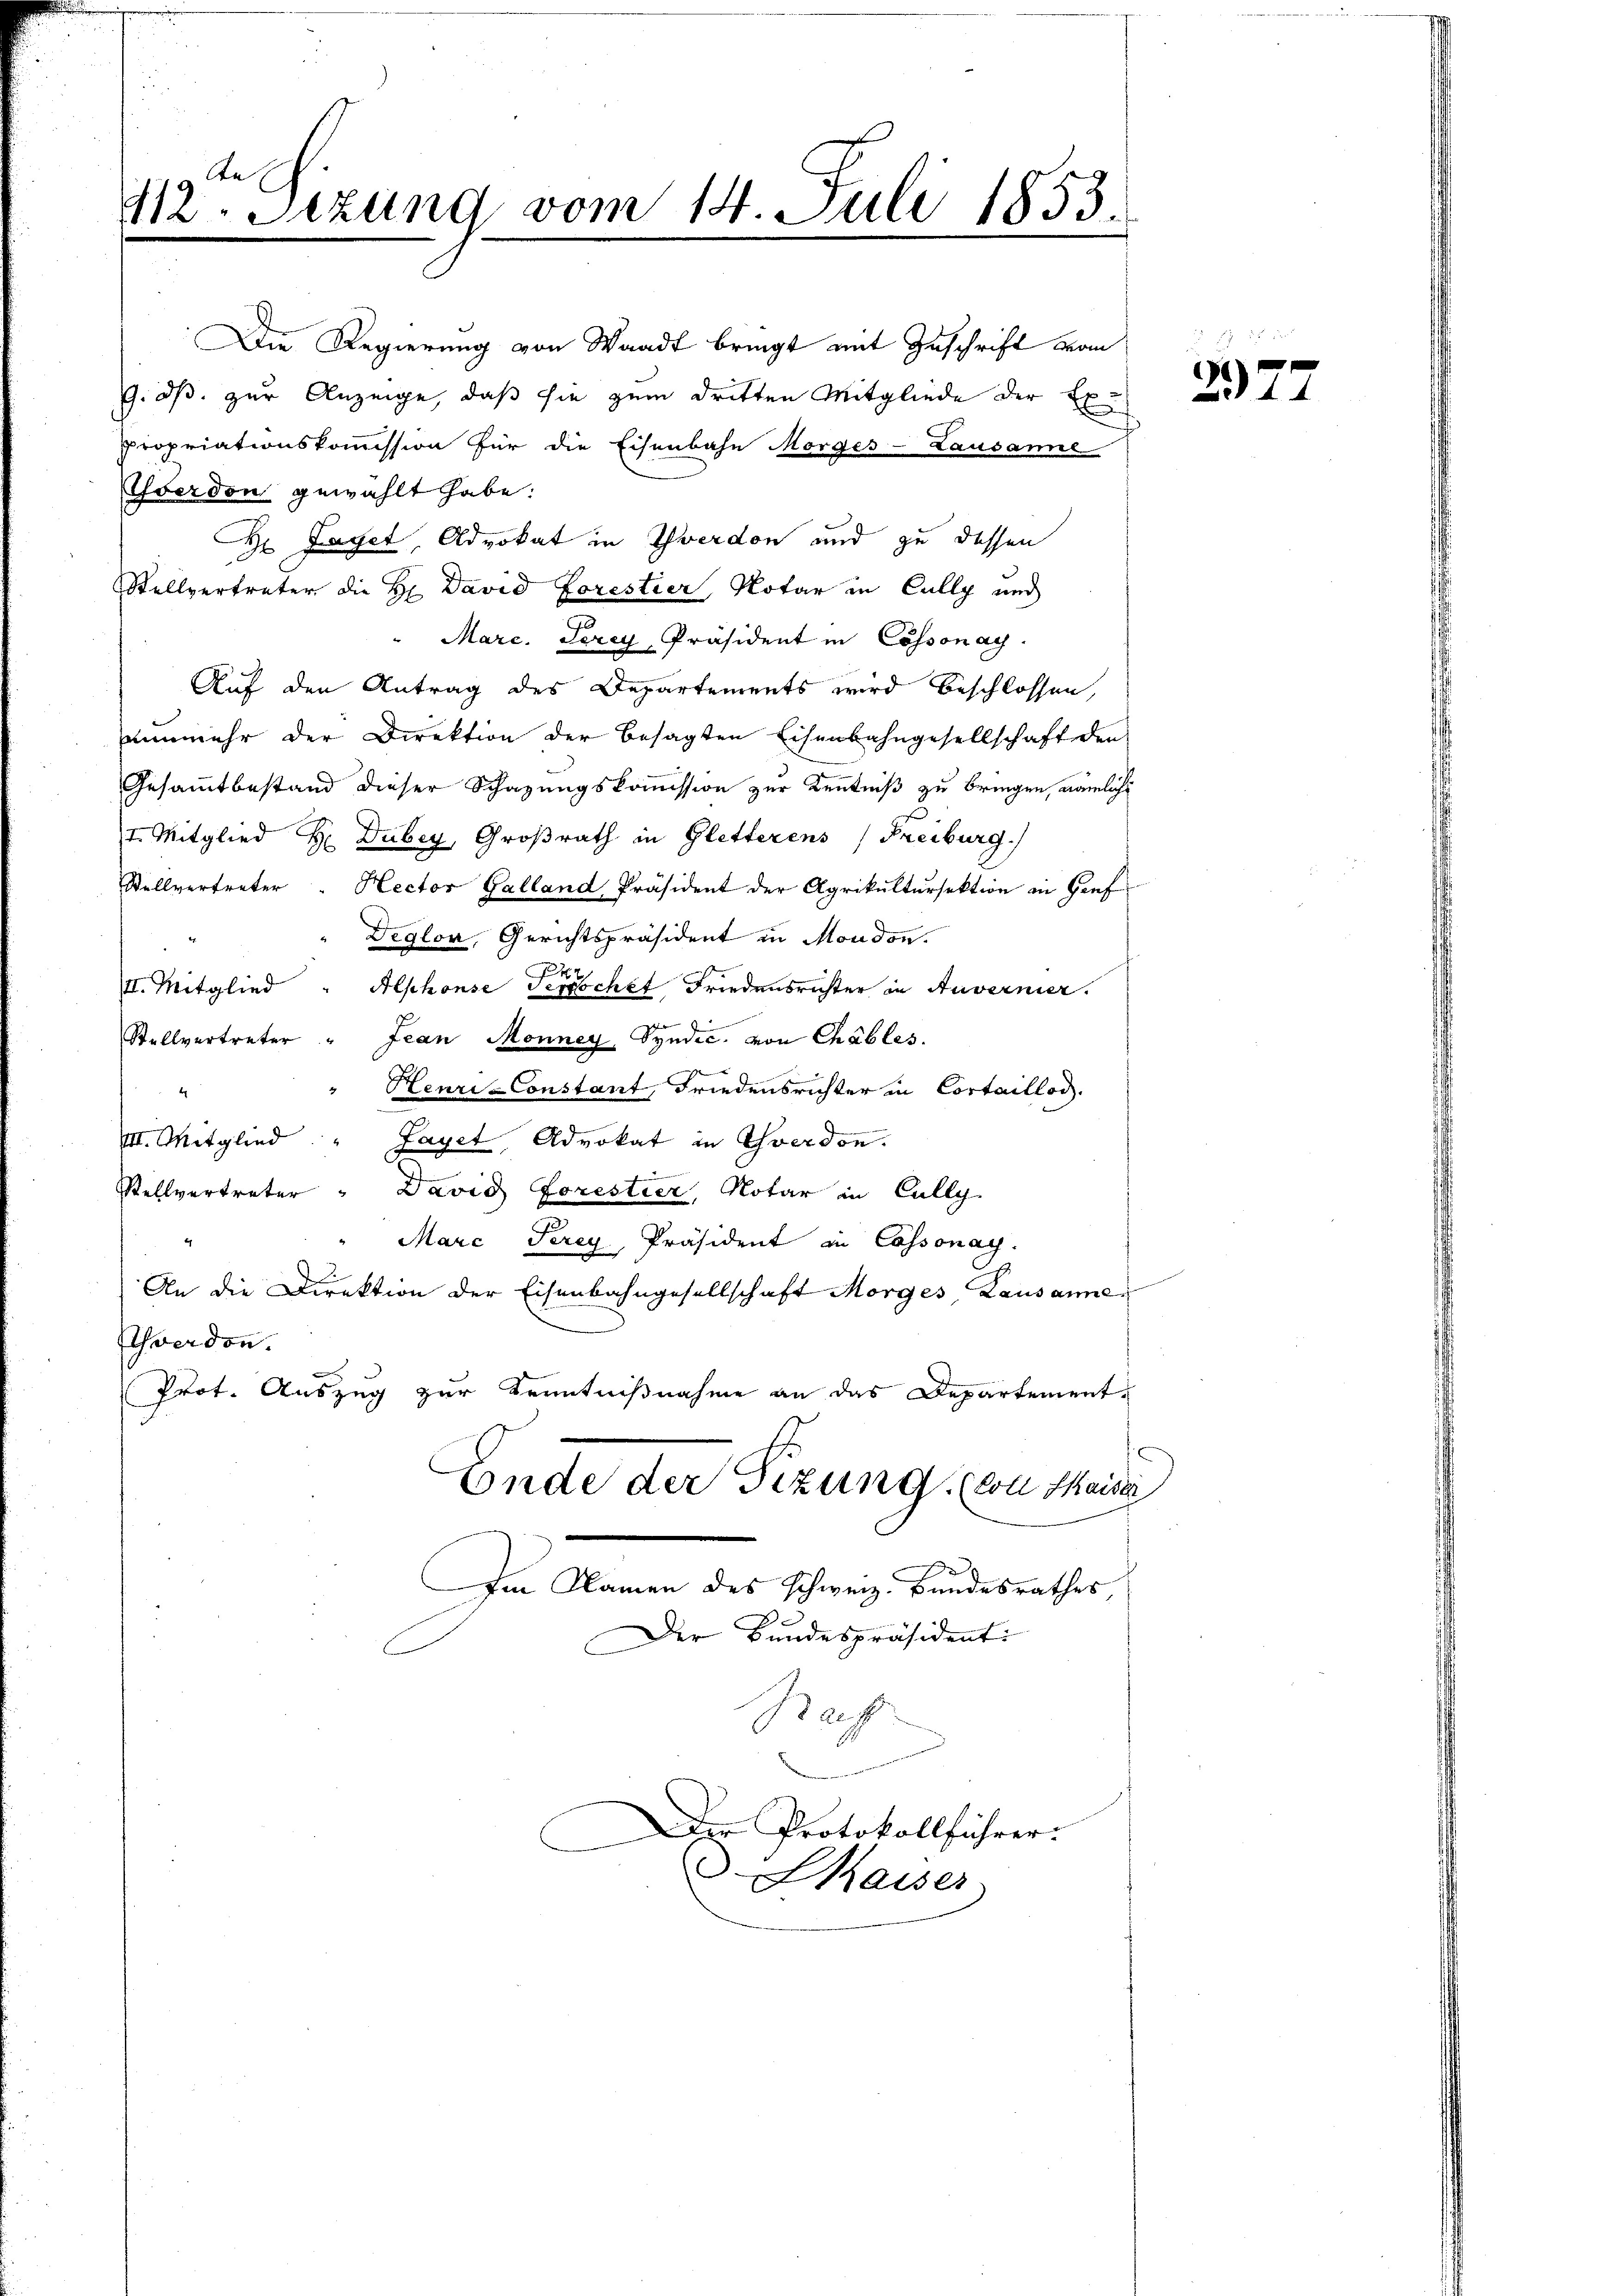
An
412. Sezung vom 14. Juli 1853.

Averdon gewählt habe:
r Laget, Advokat in Yverdon und zu dessen
Stellvertreter die Hr. David Forestier, Notar in Cully und
"Marc. Terey, Präsident in Cossonach
Auf den Antrag des Departements wird beschlossen,
nunmehr der Direktion der besagten Eisenbahngesellschaft den
Gesammtbestand dieser Schazungskommission zur Kenntniß zu bringen, nämliche
I. Mitglied H. Dubey, Großrath in Gletterens (Freiburg)
Stellvertreter " Rector Galland Präsident der Agrikultursektion in Hoef
Deglon, Gerichtspräsident in Moudon.
Alschönse Tepochet Friedensrichter in Anvernier.
III. Mitglied
e
Stellvertreter " Jean Monney, Syndic. von Chables.
Henri-Constant Friedensrichter in Cortaillod.
4
III. Mitglied
Fayet, Advokat in Yverdon.
Stellvertreter " David Forestier, Notar in Cully
e
Marc Perey, Präsident an Cossonay.
An die Direktion der Eisenbahngesellschaft Morges Lausanne
Schwerden.
Prot. Auszug zur Kenntnißnahme an das Departement¬
Ende der Sizung. (von Maider
Im Namen des Schweiz. Bundesrathes
Der Bundespräsidenti
Baf
Der Protokollführer:
Maiser

Die Regierung von Waadt bringt mit Zuschrift vom
G. dß. zur Anzeige, daß sie zum dritten Mitgliede der Expropriationskommission für die Eisenbahn Morges - Lausanne

g
211